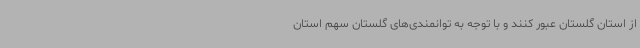
از استان گلستان عبور کنند و با توجه به توانمندی‌های گلستان سهم استان